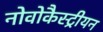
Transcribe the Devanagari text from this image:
नोवोकैस्ट्रीयन